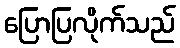
ပြောပြလိုက်သည်